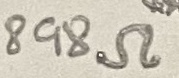
Text: 898Ω**